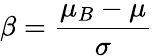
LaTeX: \beta=\frac{\mu_{B}-\mu}{\sigma}